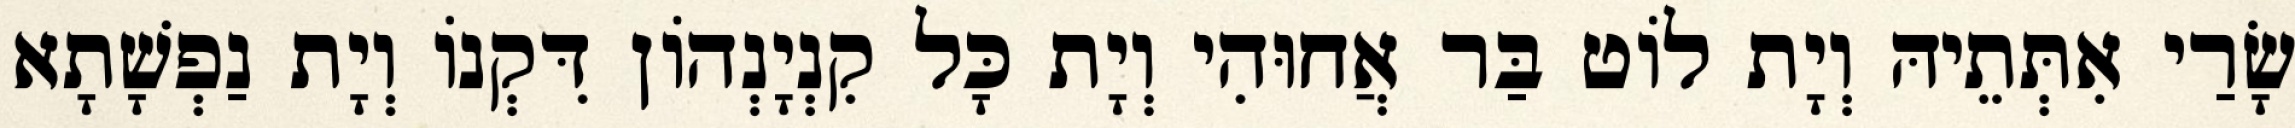
שָׂרַי אִתְּתֵיהּ וְיָת לוֹט בַּר אֲחוּהִי וְיָת כָּל קִנְיָנְהוֹן דִּקְנוֹ וְיָת נַפְשָׁתָא